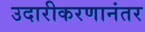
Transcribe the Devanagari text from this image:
उदारीकरणानंतर